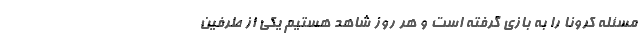
مسئله کرونا را به بازی گرفته است و هر روز شاهد هستیم یکی از طرفین